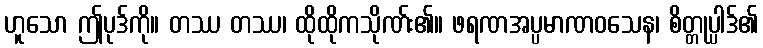
ဟူသော ဤပုဒ်ကို။ တဿ တဿ၊ ထိုထိုကသိုဏ်း၏။ ဖရဏအပ္ပမာဏဝသေန၊ စိတ္တုပ္ပါဒ်၏